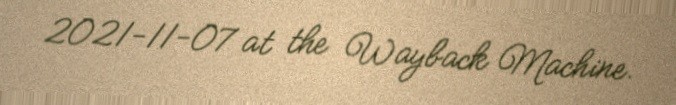
2021-11-07 at the Wayback Machine.